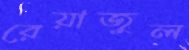
রেয়াজুল